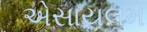
એસાયલમ